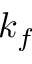
k _ { f }